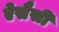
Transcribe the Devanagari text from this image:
ऐसैसी